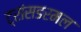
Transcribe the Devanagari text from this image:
ट्रांसडरमल